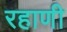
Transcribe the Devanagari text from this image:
रहाणी